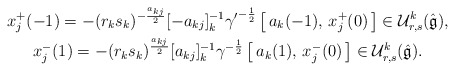
\begin{gather*}x_j^+(-1)=-(r_ks_k)^{-\frac{a_{kj}}{2}}[-a_{kj}]_k^{-1}{\gamma'}^{-\frac{1}{2}}\,\bigl[\,a_k(-1),\,x_j^+(0)\,\bigr]\in {\mathcal U}^k_{r,s}(\hat{\frak{g}}),\\x_j^-(1)=-(r_ks_k)^{\frac{a_{kj}}{2}}[a_{kj}]_k^{-1}{\gamma}^{-\frac{1}{2}}\,\bigl[\,a_k(1),\,x_j^-(0)\,\bigr]\in{\mathcal U}^k_{r,s}(\hat{\frak{g}}).\end{gather*}